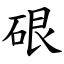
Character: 硍